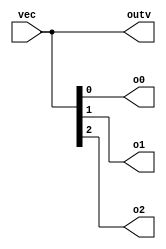
module top_module (
    input wire [2:0] vec,    // 3-bit input vector
    output wire [2:0] outv,  // 3-bit output vector
    output wire o0,          // Individual bit output (least significant bit)
    output wire o1,          // Individual bit output (middle bit)
    output wire o2           // Individual bit output (most significant bit)
);
    // Output assignment
    assign outv = vec;
    assign o0 = vec[0];
    assign o1 = vec[1];
    assign o2 = vec[2];

endmodule